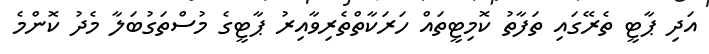
އަދި ޕާޓީ ތެރޭގައި ތަފާތު ކޮމިޓީތައް ހަރަކާތްތެރިވާއިރު ޕާޓީގެ މުސްތަގުބަލާ މެދު ކޮންމެ